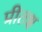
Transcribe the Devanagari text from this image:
प्रीतश्च